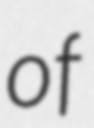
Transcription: of